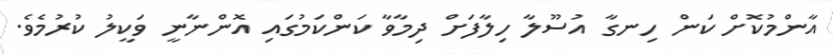
އާންމުކޮށް ކަން ހިނގާ އުސޫލާ ހިލާފަށް ދިމާވާ ކަންކަމުގައި އޮންނާނީ ވަކީލު ކުރުމެވެ.